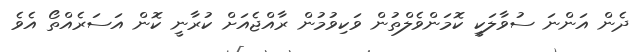
ދެން އަންނަ ސުވާލަކީ ކޮމަންވެލްތުން ވަކިވުމުން ރާއްޖެއަށް ކުރާނީ ކޮން އަސަރެއްތޯ އެވެ